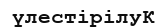
үлестірілуК